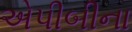
એપીબીના